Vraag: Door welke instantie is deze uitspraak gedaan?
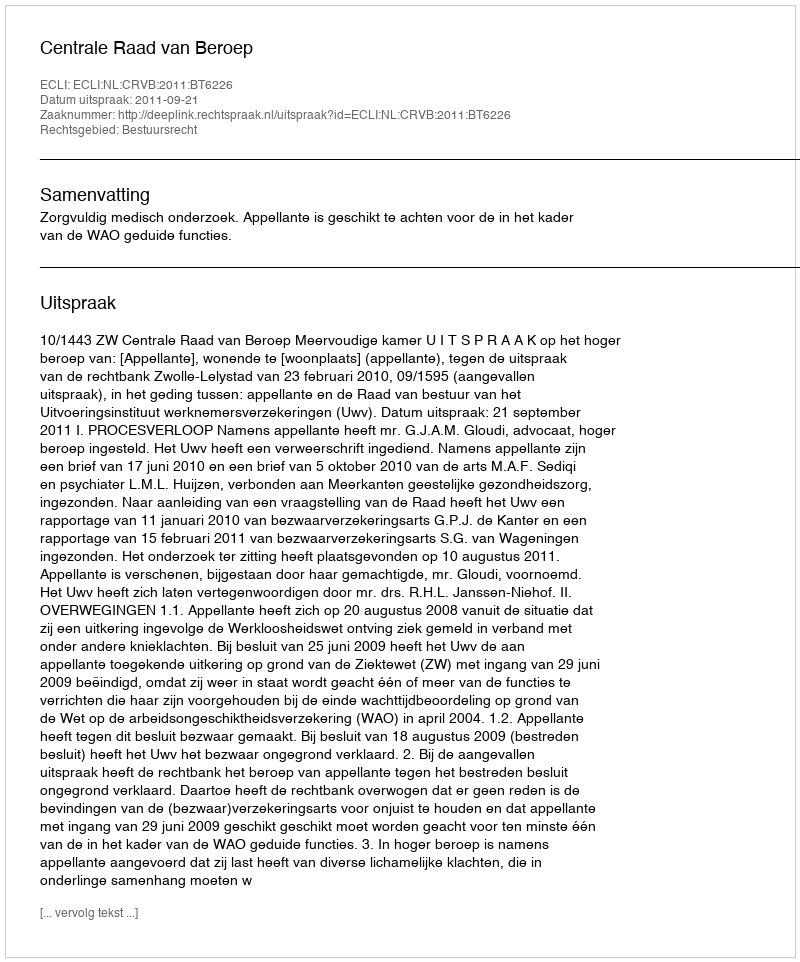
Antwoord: Centrale Raad van Beroep